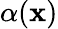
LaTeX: \alpha(\mathbf{x})